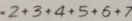
2 + 3 + 4 + 5 + 6 + 7